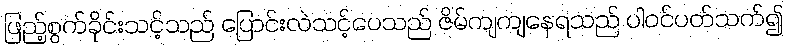
ဖြည့်စွက်ခိုင်းသင့်သည် ပြောင်းလဲသင့်ပေသည် ဇိမ်ကျကျနေရသည် ပါဝင်ပတ်သက်၍